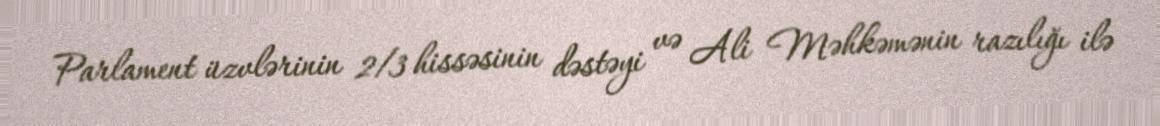
Parlament üzvlərinin 2/3 hissəsinin dəstəyi və Ali Məhkəmənin razılığı ilə